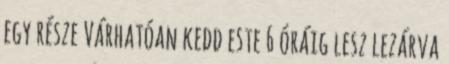
egy része Várhatóan kedd este 6 óráig lesz lezárva